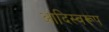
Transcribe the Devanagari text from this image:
आदिस्वरूप